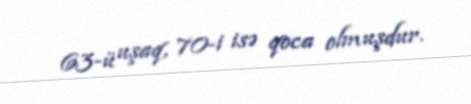
63-ü uşaq, 70-i isə qoca olmuşdur.